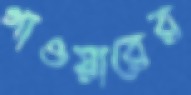
গাওয়ারের